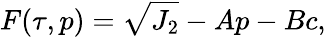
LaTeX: F(\tau,p)=\sqrt{J_{2}}-Ap-Bc,